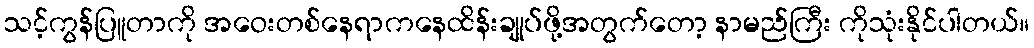
သင့်ကွန်ပြူတာကို အဝေးတစ်နေရာကနေထိန်းချုပ်ဖို့အတွက်တော့ နာမည်ကြီး ကိုသုံးနိုင်ပါတယ်။